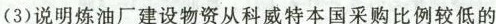
(3)说明炼油厂建设物资从科威特本国采购比例较低的